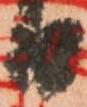
日